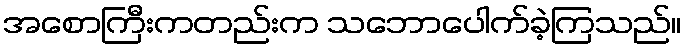
အစောကြီးကတည်းက သဘောပေါက်ခဲ့ကြသည်။